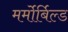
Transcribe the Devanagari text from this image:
मर्मोर्बिल्ड